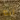
انه